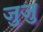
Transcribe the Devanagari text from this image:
जुजु